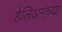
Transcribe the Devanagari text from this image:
हेलिअमच्या